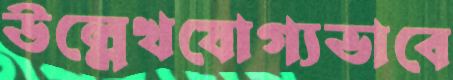
উল্লেখযোগ্যভাবে